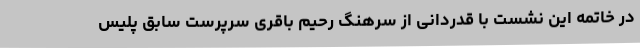
در خاتمه این نشست با قدردانی از سرهنگ رحیم باقری سرپرست سابق پلیس